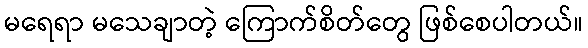
မရေရာ မသေချာတဲ့ ကြောက်စိတ်တွေ ဖြစ်စေပါတယ်။